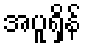
အပူရှိန်